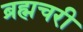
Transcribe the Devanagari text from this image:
ब्रह्मचरी